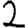
Digit: 2